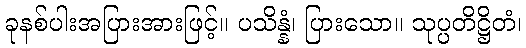
ခုနစ်ပါးအပြားအားဖြင့်။ ပသိန္နံ၊ ပြားသော။ သုပ္ပတိဋ္ဌိတံ၊